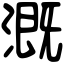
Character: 溉